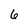
Character: 6